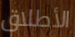
الأطلاق